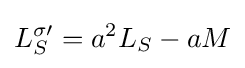
L_{S}^{\sigma \prime }=a^{2}L_{S}-aM